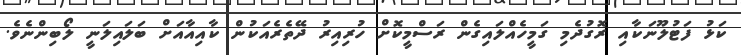
ކަޅު ފަޓުލޫނަކާއި ރޮގުދެމި ގަމީހެއްލައިގެން ރަސްމީކޮށް ހުރިއިރު ދޭތެރެއަކުން ކާއިއާއަށް ބަލައިލަނީ ލޯބިންނެވެ.